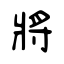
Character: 將